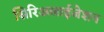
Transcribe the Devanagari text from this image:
सिरिअलाईजेशन